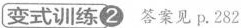
变式训练②答案见p。282